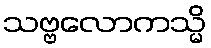
သဗ္ဗလောကသ္မိ